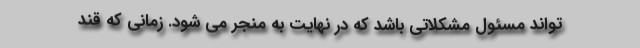
تواند مسئول مشکلاتی باشد که در نهایت به منجر می شود. زمانی که قند